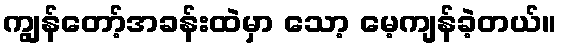
ကျွန်တော့်အခန်းထဲမှာ သော့ မေ့ကျန်ခဲ့တယ်။